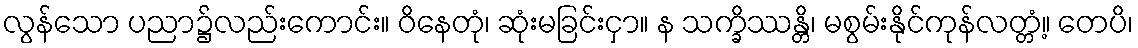
လွန်သော ပညာ၌လည်းကောင်း။ ဝိနေတုံ၊ ဆုံးမခြင်းငှာ။ န သက္ခိဿန္တိ၊ မစွမ်းနိုင်ကုန်လတ္တံ့။ တေပိ၊